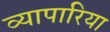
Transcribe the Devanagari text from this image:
व्‍यापारिया